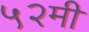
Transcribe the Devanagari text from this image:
५२मी